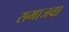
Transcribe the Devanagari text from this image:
समाजवा